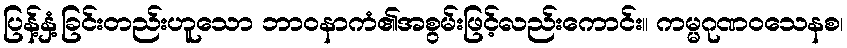
ပြန့်နှံ့ခြင်းတည်းဟူသော ဘာဝနာကံ၏အစွမ်းဖြင့်လည်းကောင်း။ ကမ္မဂုဏဝသေနစ၊